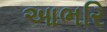
આભરિ